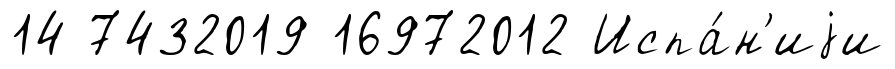
14 7432019 16972012 Испа́н'иjи